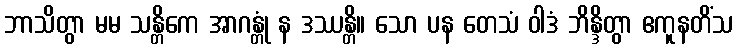
ဘာသိတွာ မမ သန္တိကေ အာဂန္တုံ န ဒဿန္တိ။ သော ပန တေသံ ဝါဒံ ဘိန္ဒိတွာ ဧကူနတိံသ